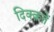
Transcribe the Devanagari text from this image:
दिक्क़तें